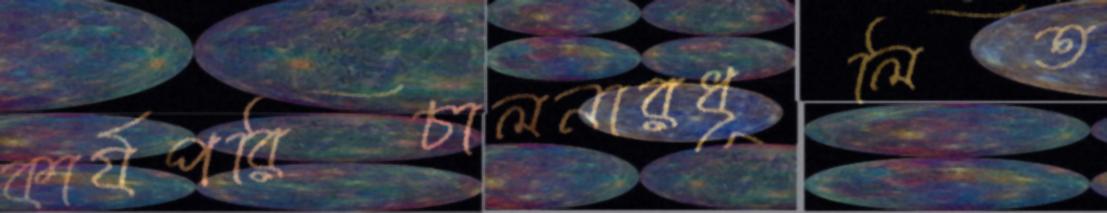
কার্যপরিচালনারধূলিত